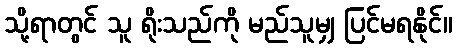
သို့ရာတွင် သူ ရိုးသည်ကို မည်သူမျှ ပြင်မရနိုင်။